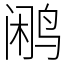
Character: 鹇